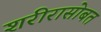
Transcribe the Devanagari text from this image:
शरीरासोबत